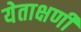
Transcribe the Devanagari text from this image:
येताक्षणी